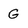
Character: G